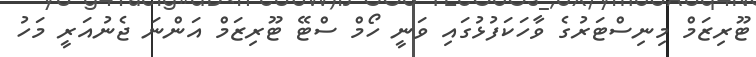
ޓޫރިޒަމް މިނިސްޓަރުގެ ވާހަކަފުޅުގައި ވަނީ ހޯމް ސްޓޭ ޓޫރިޒަމް އަންނަ ޖެނުއަރީ މަހު